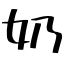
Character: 奶